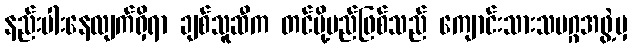
နည်းပါးနေလျက်ရှိရာ ချစ်သူဆီက တင်ပို့မည်ဖြစ်သည် ကျောင်းသားသမဂ္ဂအဖွဲ့မှ